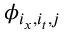
\phi _ { i _ { x } , i _ { t } , j }